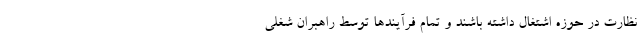
نظارت در حوزه اشتغال داشته باشند و تمام فرآیندها توسط راهبران شغلی